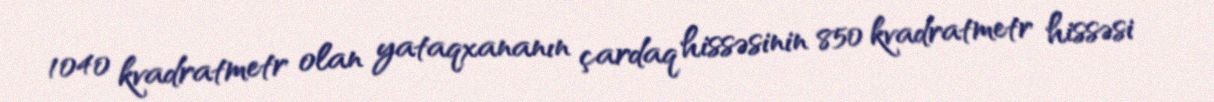
1040 kvadratmetr olan yataqxananın çardaq hissəsinin 850 kvadratmetr hissəsi